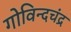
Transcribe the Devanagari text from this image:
गोविन्दचंद्र